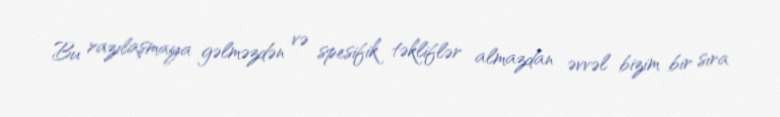
Bu razılaşmaya gəlməzdən və spesifik təkliflər almazdan əvvəl bizim bir sıra